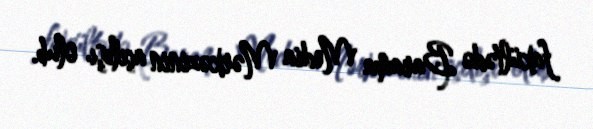
fakültədə Barama Media Mərkəzinin açılışı olub.